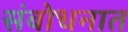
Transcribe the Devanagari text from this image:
संबोधनात